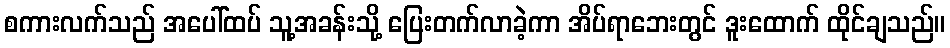
စကားလက်သည် အပေါ်ထပ် သူ့အခန်းသို့ ပြေးတက်လာခဲ့ကာ အိပ်ရာဘေးတွင် ဒူးထောက် ထိုင်ချသည်။